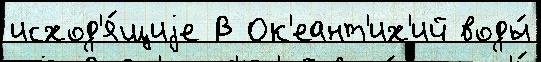
исход'я́щиjе В Ок'еант'их'ий воды́